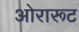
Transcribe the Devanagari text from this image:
ओरारूट